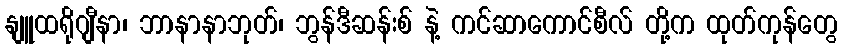
နျူထရိုဂျီနာ၊ ဘာနာနာဘုတ်၊ ဘွန်ဒီဆန်းစ် နဲ့ ကင်ဆာကောင်စီလ် တို့က ထုတ်ကုန်တွေ